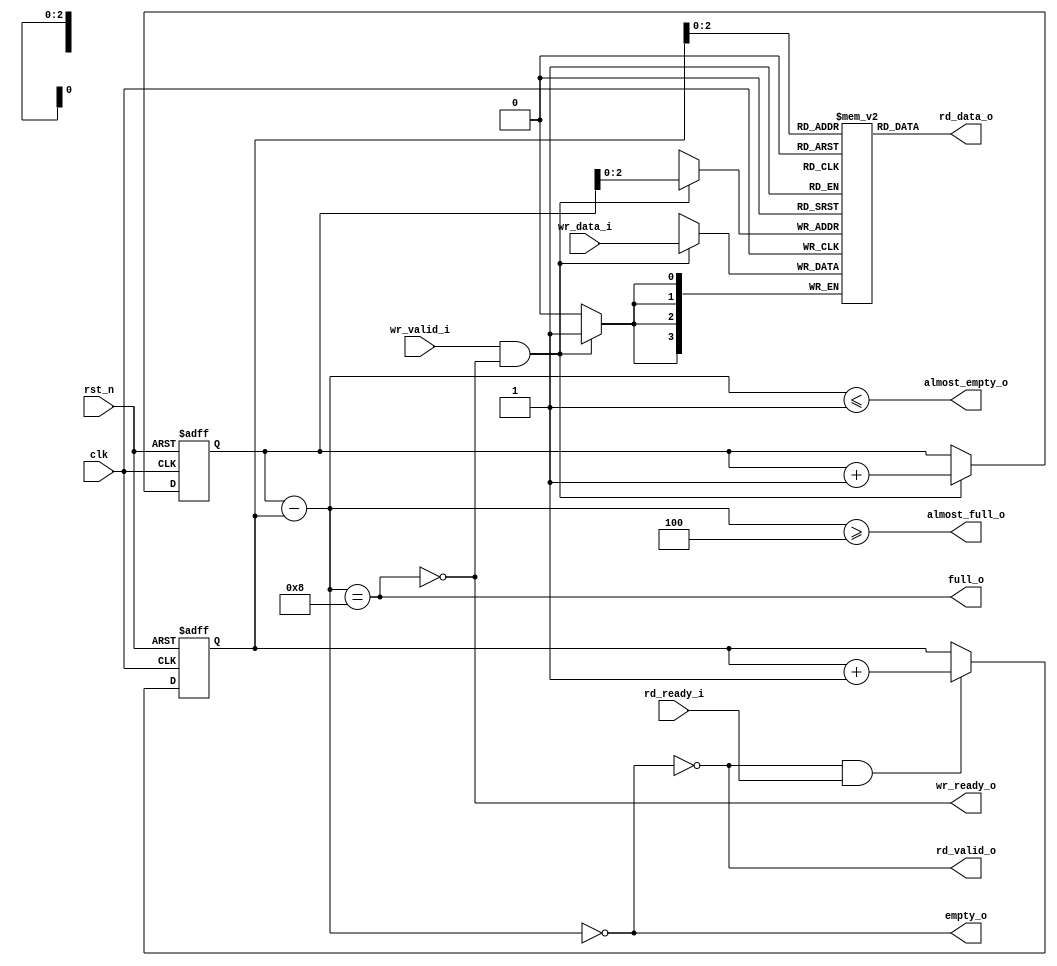
//-----------------------------------------------------------------------
// Description :
// Notes       :
//-----------------------------------------------------------------------
// Revision    : v0.1
//-----------------------------------------------------------------------

module FIFO
#(
    parameter DATA_WIDTH                    = 4             ,
    //must be power of 2, and at least 4
    parameter DATA_DEPTH                    = 8             ,
    //if connent to a ram, suggested value is 4; if set to 0, almost_full_o == full_o
    parameter ALMOST_FULL_MARGIN            = 4             ,
    //suggested value is 1; if set to 0, almost_empty_o == empty_o
    parameter ALMOST_EMPTY_MARGIN           = 1
)
(
    //reset and clock
    input   wire                            rst_n           ,
    input   wire                            clk             ,

    //data push in
    input   wire                            wr_valid_i      ,
    output  wire                            wr_ready_o      ,//wr_ready_o == ~full_o
    input   wire    [DATA_WIDTH-1:0]        wr_data_i       ,
    output  wire                            full_o          ,
    output  wire                            almost_full_o   ,

    //data pop out
    output  wire                            rd_valid_o      ,//rd_valid_o == ~empty_o
    input   wire                            rd_ready_i      ,
    output  wire    [DATA_WIDTH-1:0]        rd_data_o       ,
    output  wire                            empty_o         ,
    output  wire                            almost_empty_o
);

//parameter -------------------------------------------------------------

localparam ADDR_WIDTH = $clog2( DATA_DEPTH );

//fifo ------------------------------------------------------------------

reg     [DATA_WIDTH-1:0]        r_fifo  [DATA_DEPTH-1:0];

reg     [ADDR_WIDTH  :0]        r_wr_addr;
reg     [ADDR_WIDTH  :0]        r_rd_addr;
wire    [ADDR_WIDTH  :0]        r_data_num;

//write in --------------------------------------------------------------

always @ ( posedge clk or negedge rst_n )
begin
    if ( ~rst_n )
        r_wr_addr <= 'd0;

    else if ( wr_valid_i && wr_ready_o )
        r_wr_addr <= r_wr_addr + 'd1;
end

always @ ( posedge clk )
begin
    if ( wr_valid_i && wr_ready_o )
        r_fifo[r_wr_addr[ADDR_WIDTH-1:0]] <= wr_data_i;
end

assign wr_ready_o = ( ~full_o );

//read out --------------------------------------------------------------

always @ ( posedge clk or negedge rst_n )
begin
    if ( ~rst_n )
        r_rd_addr <= 'd0;

    else if ( rd_valid_o && rd_ready_i )
        r_rd_addr <= r_rd_addr + 'd1;
end

assign rd_data_o = r_fifo[r_rd_addr[ADDR_WIDTH-1:0]];

assign rd_valid_o = ( ~empty_o );

//full and empty --------------------------------------------------------

assign r_data_num     = r_wr_addr - r_rd_addr;

assign full_o         = ( r_data_num == DATA_DEPTH );
assign empty_o        = ( r_data_num == 'd0 );

assign almost_full_o  = ( r_data_num >= ( DATA_DEPTH - ALMOST_FULL_MARGIN ));
assign almost_empty_o = ( r_data_num <= ALMOST_EMPTY_MARGIN );

endmodule